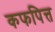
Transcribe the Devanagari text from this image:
कफपित्त